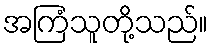
အကြံသူတို့သည်။